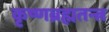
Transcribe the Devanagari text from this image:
कृष्णब्रह्मतन्त्र